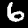
Label: 6